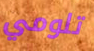
تلومي